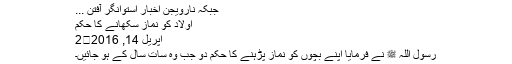
جبکہ نارویجن اخبار استوانگر آفتن ...
اولاد کو نماز سکھانے کا حکم
اپریل 14, 2016	2
رسول اللہ ﷺ نے فرمایا اپنے بچوں کو نماز پڑہنے کا حکم دو جب وہ سات سال کے ہو جائیں۔